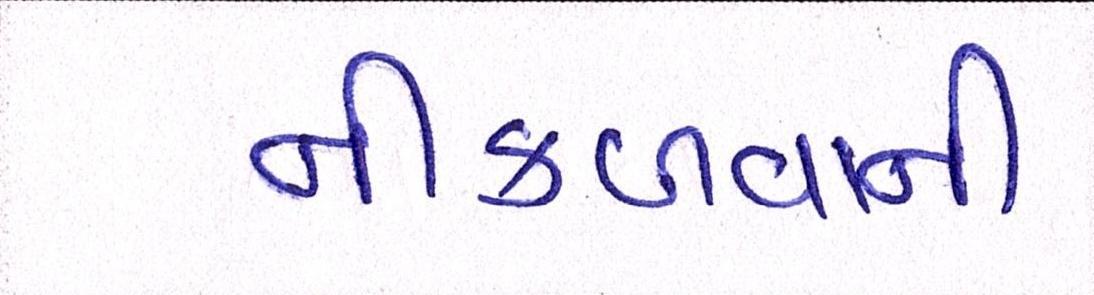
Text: નીકળવાની